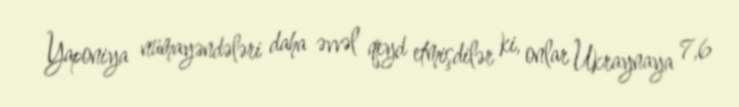
Yaponiya nümayəndələri daha əvvəl qeyd etmişdilər ki, onlar Ukraynaya 7,6